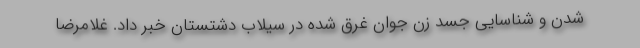
شدن و شناسایی جسد زن جوان غرق شده در سیلاب دشتستان خبر داد. غلامرضا